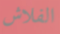
الفلاش